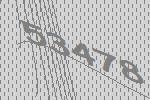
53478